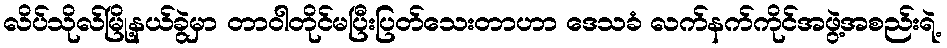
လိပ်သိုလ်မြို့နယ်ခွဲမှာ တာဝါတိုင်မပြီးပြတ်သေးတာဟာ ဒေသခံ လက်နက်ကိုင်အဖွဲ့အစည်းရဲ့